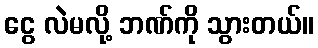
ငွေ လဲမလို့ ဘဏ်ကို သွားတယ်။